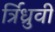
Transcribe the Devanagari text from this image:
र्त्रिध्रुवी